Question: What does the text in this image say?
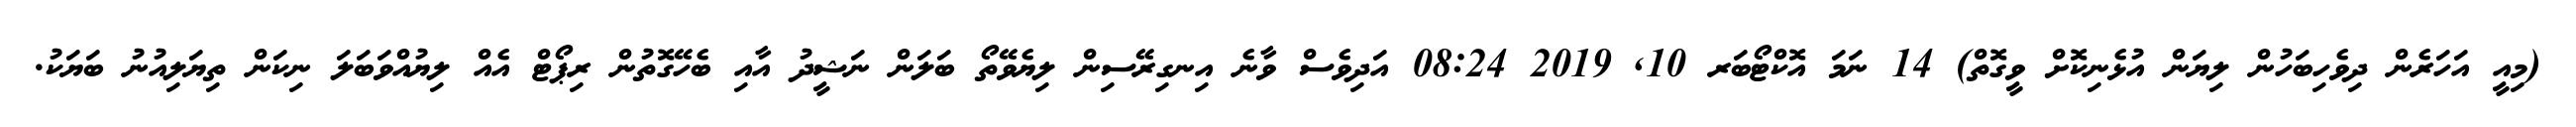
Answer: (މިއީ އަހަރެން ދިވެހިބަހުން ލިޔަން އުޅެނިކޮށް ވީގޮތް) 14 ނަމަ އޮކްޓޯބަރ 10, 2019 08:24 އަދިވެސް ވާނެ އިނގިރޭސިން ލިޔެވޭތޯ ބަލަން ނަޝީދު އާއި ބެހޭގޮތުން ރިޕޯޓް އެއް ލިޔުއްވަބަލަ ނިކަން ތިޔަލިއުނު ބަޔަކު.